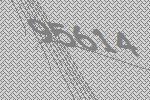
95614